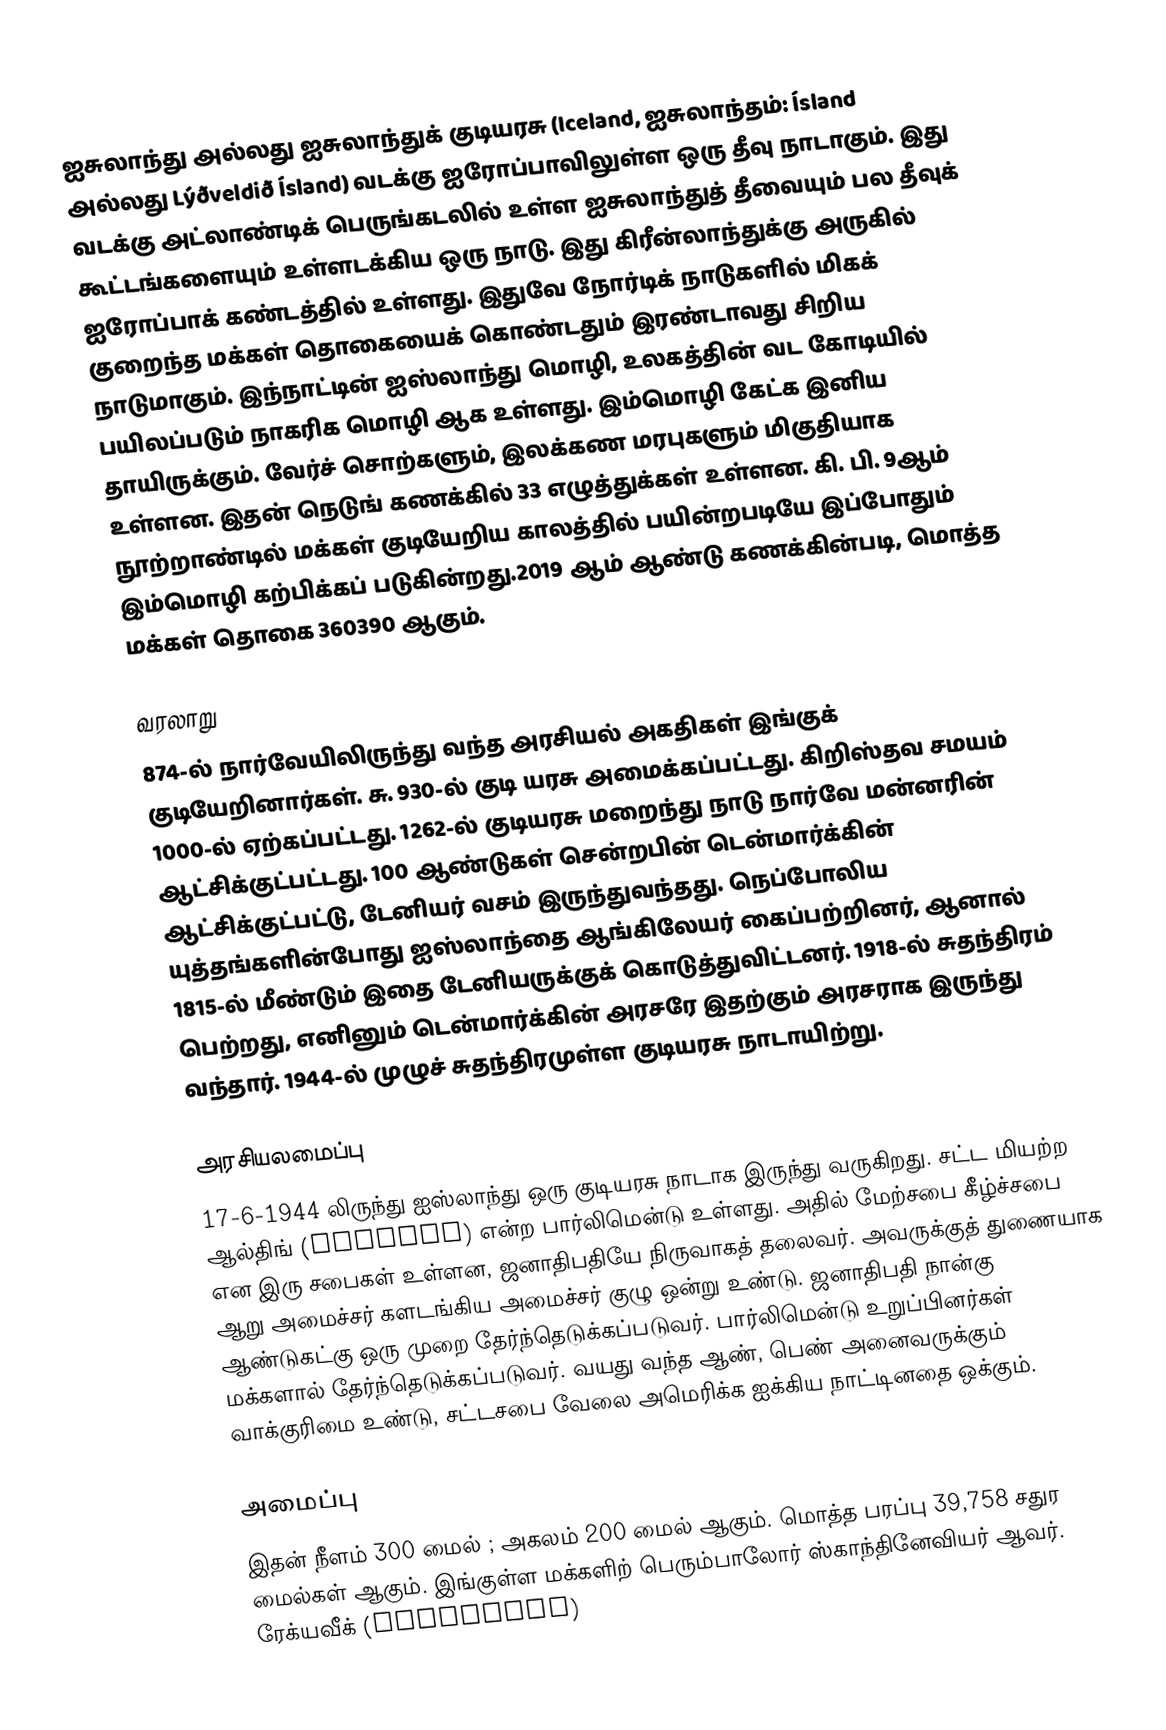
ஐசுலாந்து அல்லது ஐசுலாந்துக் குடியரசு (Iceland, ஐசுலாந்தம்: Ísland அல்லது Lýðveldið Ísland) வடக்கு ஐரோப்பாவிலுள்ள ஒரு தீவு நாடாகும். இது வடக்கு அட்லாண்டிக் பெருங்கடலில் உள்ள ஐசுலாந்துத் தீவையும் பல தீவுக் கூட்டங்களையும் உள்ளடக்கிய ஒரு நாடு. இது கிரீன்லாந்துக்கு அருகில் ஐரோப்பாக் கண்டத்தில் உள்ளது. இதுவே நோர்டிக் நாடுகளில் மிகக் குறைந்த மக்கள் தொகையைக் கொண்டதும் இரண்டாவது சிறிய நாடுமாகும். இந்நாட்டின் ஐஸ்லாந்து மொழி, உலகத்தின் வட கோடியில் பயிலப்படும் நாகரிக மொழி ஆக உள்ளது. இம்மொழி கேட்க இனிய தாயிருக்கும். வேர்ச் சொற்களும், இலக்கண மரபுகளும் மிகுதியாக உள்ளன. இதன் நெடுங் கணக்கில் 33 எழுத்துக்கள் உள்ளன. கி. பி. 9ஆம் நூற்றாண்டில் மக்கள் குடியேறிய காலத்தில் பயின்றபடியே இப்போதும் இம்மொழி கற்பிக்கப் படுகின்றது.2019 ஆம் ஆண்டு கணக்கின்படி, மொத்த மக்கள் தொகை 360390 ஆகும்.

வரலாறு
874-ல் நார்வேயிலிருந்து வந்த அரசியல் அகதிகள் இங்குக் குடியேறினார்கள். சு. 930-ல் குடி யரசு அமைக்கப்பட்டது. கிறிஸ்தவ சமயம் 1000-ல் ஏற்கப்பட்டது. 1262-ல் குடியரசு மறைந்து நாடு நார்வே மன்னரின் ஆட்சிக்குட்பட்டது. 100 ஆண்டுகள் சென்றபின் டென்மார்க்கின் ஆட்சிக்குட்பட்டு, டேனியர் வசம் இருந்துவந்தது. நெப்போலிய யுத்தங்களின்போது ஐஸ்லாந்தை ஆங்கிலேயர் கைப்பற்றினர், ஆனால் 1815-ல் மீண்டும் இதை டேனியருக்குக் கொடுத்துவிட்டனர். 1918-ல் சுதந்திரம் பெற்றது, எனினும் டென்மார்க்கின் அரசரே இதற்கும் அரசராக இருந்து வந்தார். 1944-ல் முழுச் சுதந்திரமுள்ள குடியரசு நாடாயிற்று.

அரசியலமைப்பு
17-6-1944 லிருந்து ஐஸ்லாந்து ஒரு குடியரசு நாடாக இருந்து வருகிறது. சட்ட மியற்ற ஆல்திங் (Althing) என்ற பார்லிமென்டு உள்ளது. அதில் மேற்சபை கீழ்ச்சபை என இரு சபைகள் உள்ளன, ஜனாதிபதியே நிருவாகத் தலைவர். அவருக்குத் துணையாக ஆறு அமைச்சர் களடங்கிய அமைச்சர் குழு ஒன்று உண்டு. ஜனாதிபதி நான்கு ஆண்டுகட்கு ஒரு முறை தேர்ந்தெடுக்கப்படுவர். பார்லிமென்டு உறுப்பினர்கள் மக்களால் தேர்ந்தெடுக்கப்படுவர். வயது வந்த ஆண், பெண் அனைவருக்கும் வாக்குரிமை உண்டு, சட்டசபை வேலை அமெரிக்க ஐக்கிய நாட்டினதை ஒக்கும்.

அமைப்பு
இதன் நீளம் 300 மைல் ; அகலம் 200 மைல் ஆகும். மொத்த பரப்பு 39,758 சதுர மைல்கள் ஆகும். இங்குள்ள மக்களிற் பெரும்பாலோர் ஸ்காந்தினேவியர் ஆவர். ரேக்யவீக் (Reykjavik)